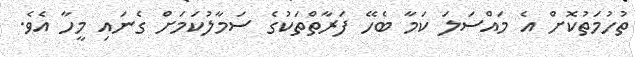
ތުހުމަތުކޮށް އެ މައްސަލަ ކަމާ ބެހޭ ފަރާތްތަކުގެ ސަމާލުކަމަށް ގެނައި މީހާ އެވެ.